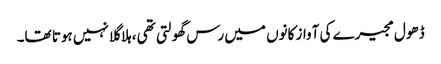
ڈھول مجیرے کی آواز کانوں میں رس گھولتی تھی ،ہلا گلا نہیں ہوتا تھا۔